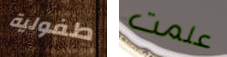
طفولية علمت